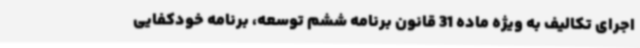
اجرای تکالیف به ویژه ماده 31 قانون برنامه ششم توسعه، برنامه خودکفایی